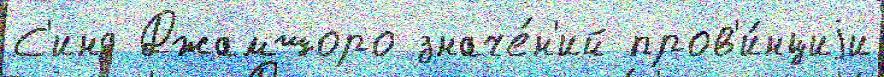
С'инд Джамшоро значе́н'ий пров'и́нциjи